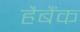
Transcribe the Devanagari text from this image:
हैबैंक